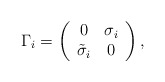
\begin{align*}\Gamma_i=\left(\begin{array}{cc}0 & \sigma_i \\{\tilde\sigma}_i& 0\end{array}\right),\end{align*}